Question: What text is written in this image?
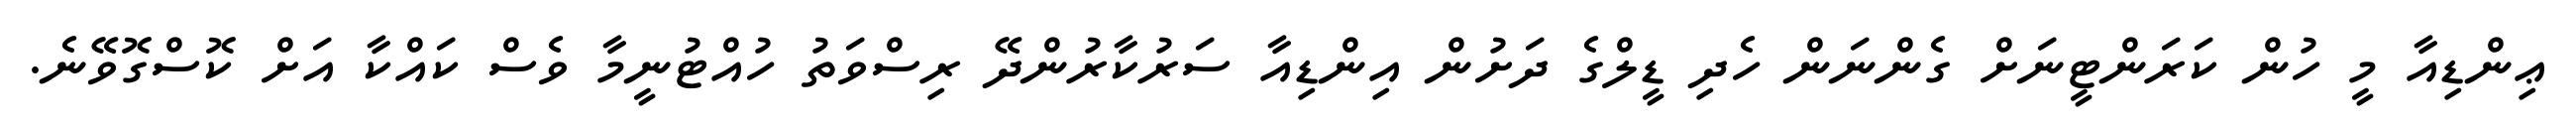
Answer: ޢިންޑިއާ މީ ހުން ކަރަންޓީނަށް ގެންނަން ހެދި ޑީލްގެ ދަށުން އިންޑިއާ ސަރުކާރުންދޭ ރިސްވަތު ހުއްޓުނީމާ ވެސް ކައްކާ އަށް ކޮސްގޮވޭނެ.